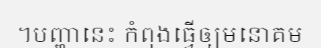
។បញ្ហានេះ កំពុងធ្វើឲ្យមនោគម